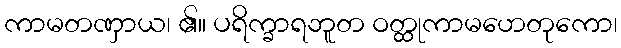
ကာမတဏှာယ၊ ၏။ ပရိက္ခာရဘူတ ဝတ္ထုကာမဟေတုကော၊